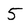
Character: 5